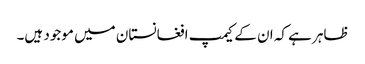
ظاہر ہے کہ ان کے کیمپ افغانستان میں موجود ہیں۔